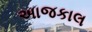
અાજકાલ